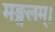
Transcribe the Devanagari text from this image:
मङ्गलम्।